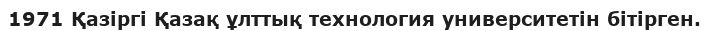
1971 Қазіргі Қазақ ұлттық технология университетін бітірген.